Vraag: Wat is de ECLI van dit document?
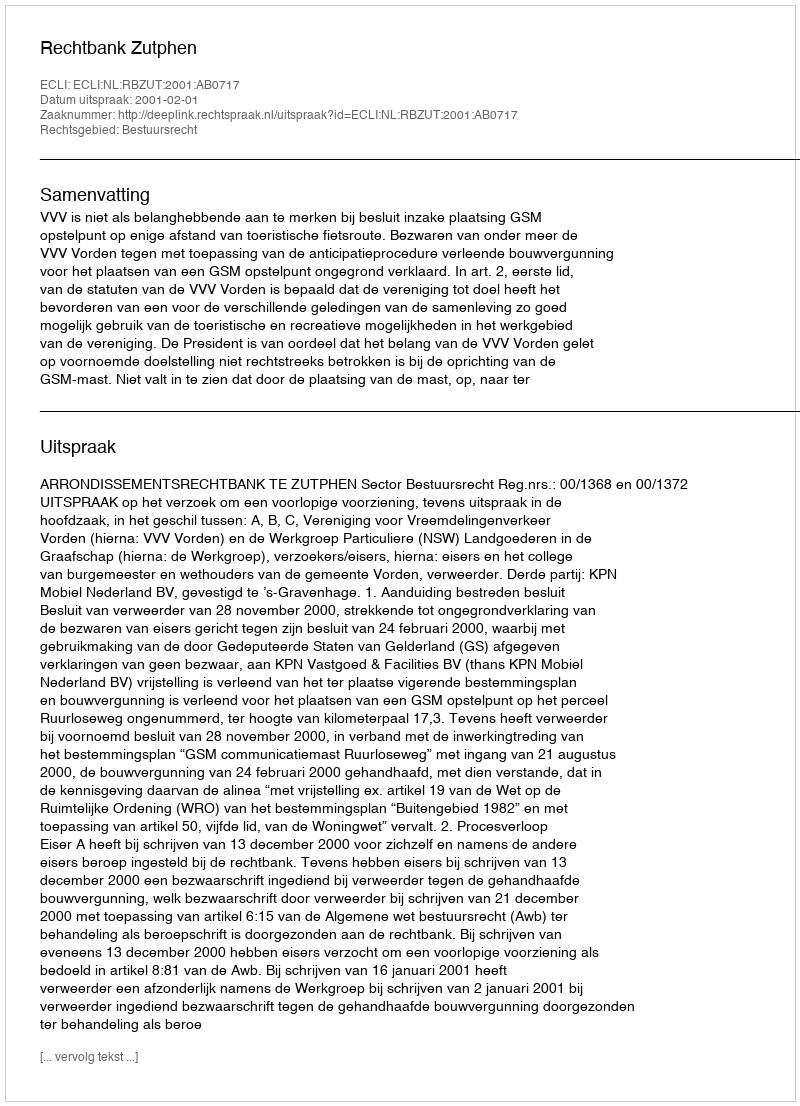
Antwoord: ECLI:NL:RBZUT:2001:AB0717